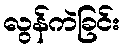
လွန်ကဲခြင်း